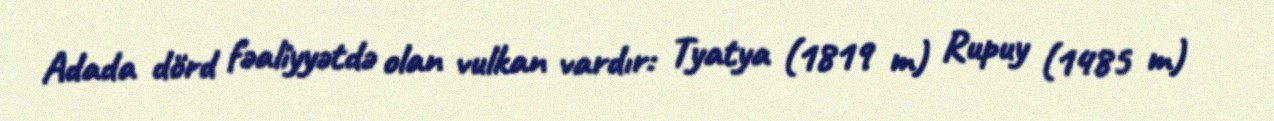
Adada dörd fəaliyyətdə olan vulkan vardır: Tyatya (1819 m) Rupuy (1485 m)